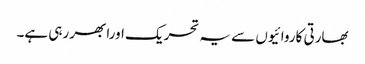
بھارتی کاروائیوں سے یہ تحریک اورابھر رہی ہے۔